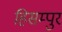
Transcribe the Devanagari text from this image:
हिसम्पुर